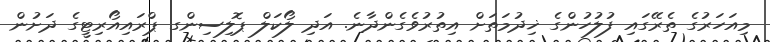
މިއަހަރުގެ ތެރޭގައި ފުލުހުންގެ ޚިދުމަތަށް އިތުރުވެގެންދާނެ. އަދި ލޯކަލް ޕޮލިސިންގ ޕްރައިއޯރިޓީގެ ދަށުން